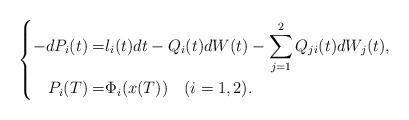
LaTeX: \begin{align*}\left\{\begin{aligned}-dP_{i}(t)=&l_i(t)dt-Q_{i}(t)dW(t)-\sum_{j=1}^2Q_{ji}(t)dW_j(t),\\P_i(T)=&\Phi_i(x(T))\quad(i=1,2).\end{aligned}\right.\end{align*}